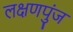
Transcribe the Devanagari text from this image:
लक्षणपुंज